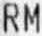
RM